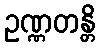
ဥဏ္ဏတန္တိ